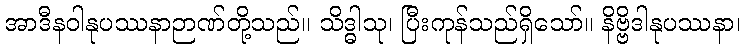
အာဒီနဝါနုပဿနာဉာဏ်တို့သည်။ သိဒ္ဓါသု၊ ပြီးကုန်သည်ရှိသော်။ နိဗ္ဗိဒါနုပဿနာ၊